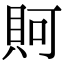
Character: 𧵛